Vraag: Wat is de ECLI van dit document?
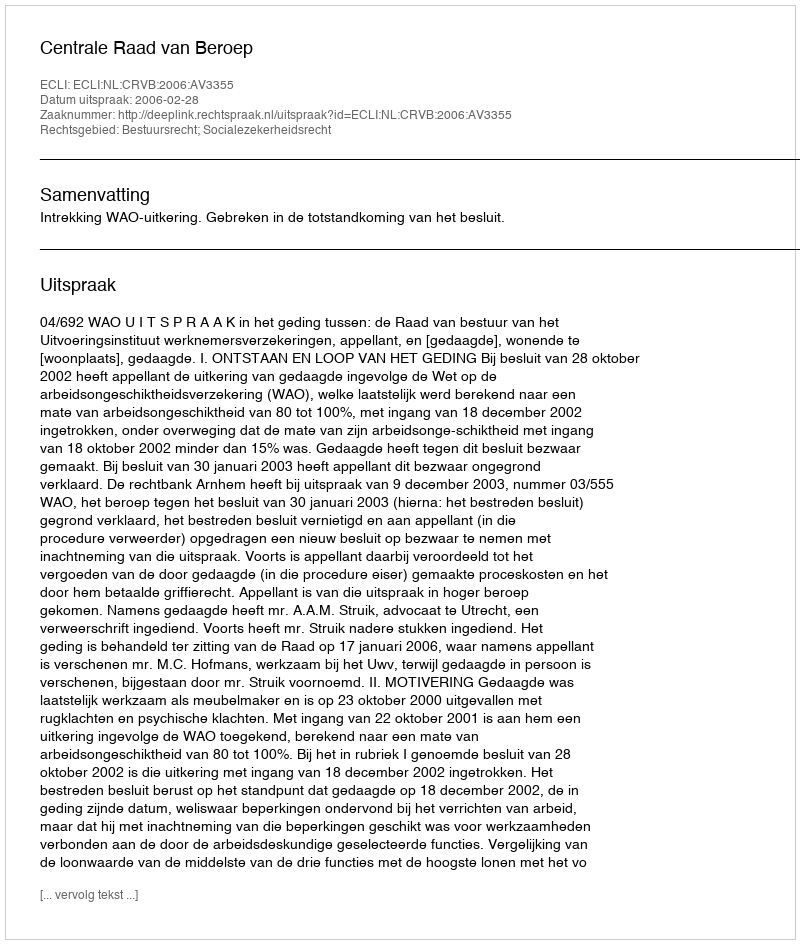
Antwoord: ECLI:NL:CRVB:2006:AV3355